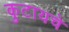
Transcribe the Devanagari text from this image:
कुटायचे